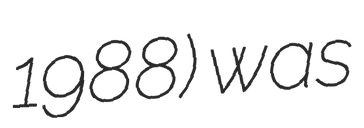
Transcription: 1988) was